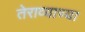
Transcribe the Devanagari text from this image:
तेराव्याच्या